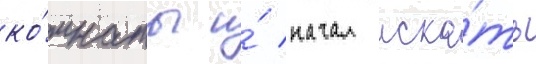
ко́мнаты и́ начал иска́ть